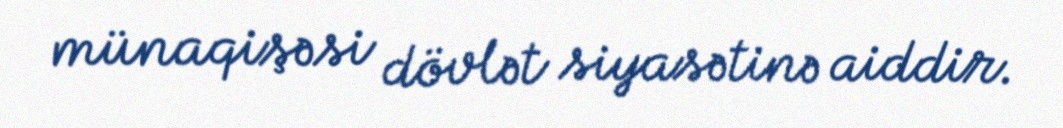
münaqişəsi dövlət siyasətinə aiddir.